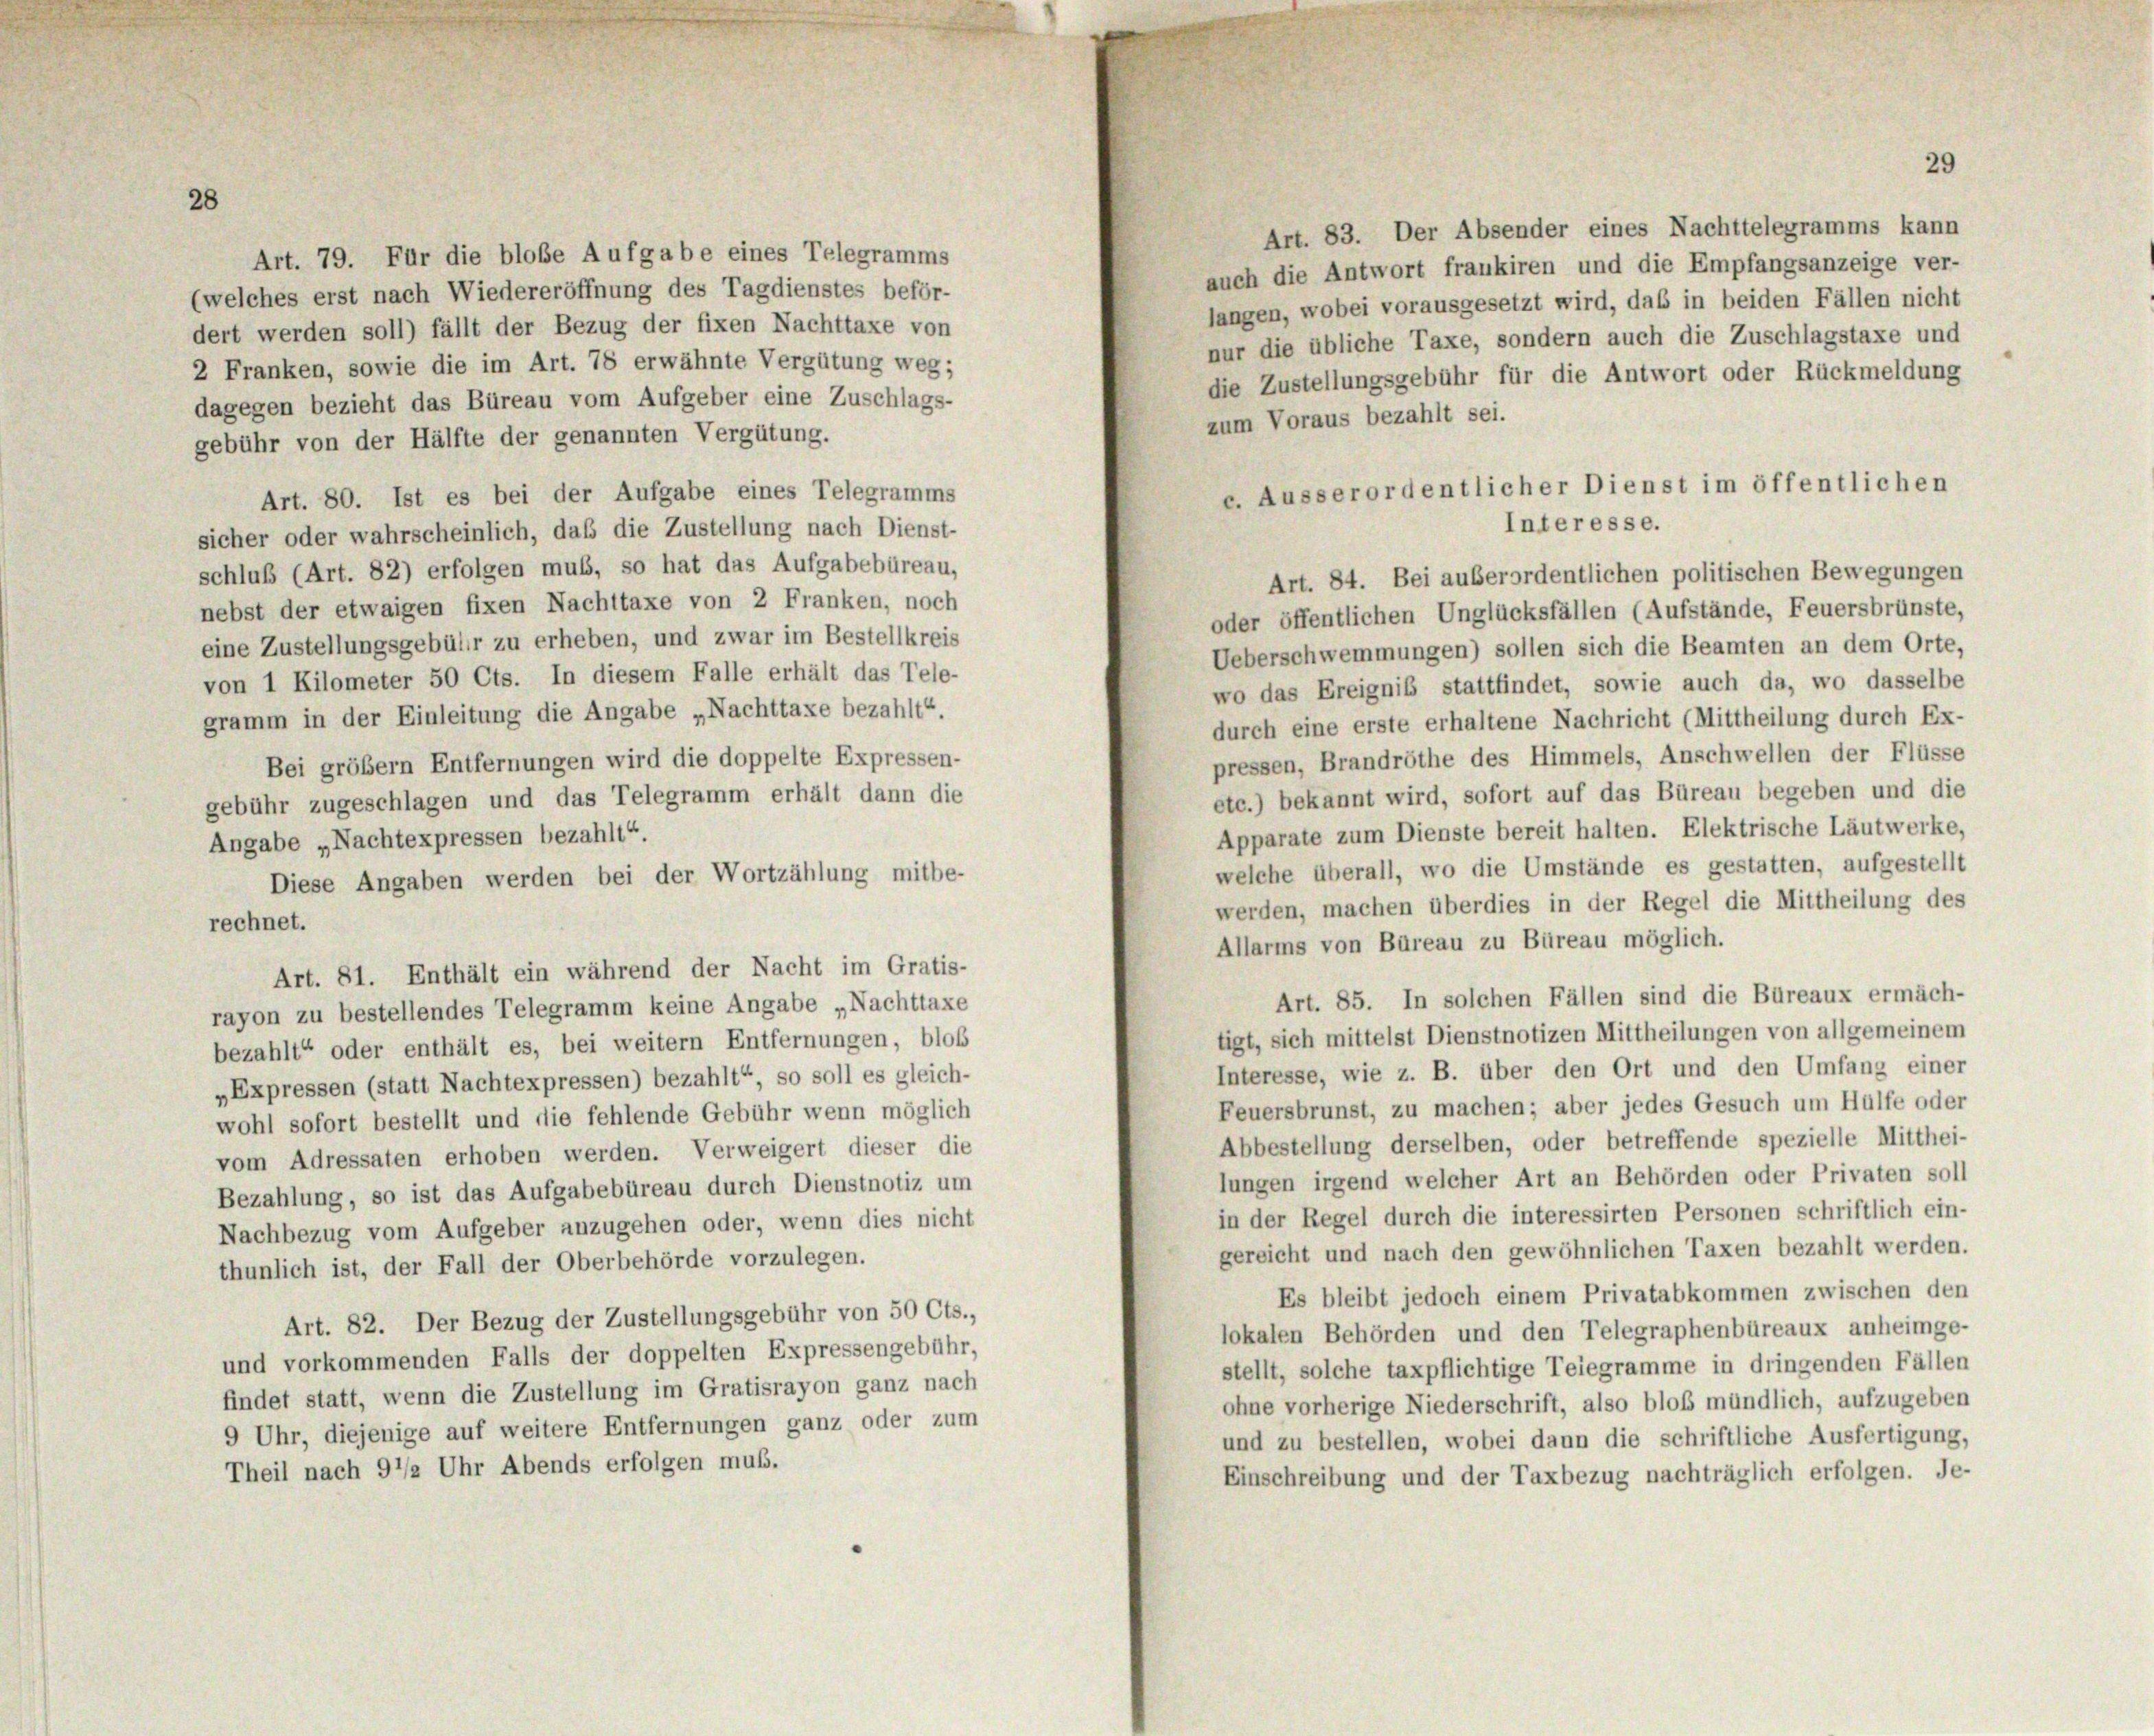
28
(welches erst nach Wiedereröffnung des Tagdienstes beför-
dert werden soll) fällt der Bezug der fixen Nachttaxe von
2 Franken, sowie die im Art. 78 erwähnte Vergütung weg;
dagegen bezieht das Büreau vom Aufgeber eine Zuschlags-
zum Voraus bezahlt sei.
gebühr von der Hälfte der genannten Vergütung.
e. Ausserordentlicher Dienst im öffentlichen
Art. 80. Ist es bei der Aufgabe eines Telegramms
Interesse.
sicher oder wahrscheinlich, daß die Zustellung nach Dienst-
schluß (Art. 82) erfolgen muß, so hat das Aufgabebüreau,
Art. 84. Bei außerordentlichen politischen Bewegungen
nebst der etwaigen fixen Nachttaxe von 2 Franken, noch
oder öffentlichen Unglücksfällen (Aufstände, Feuersbrünste,
eine Zustellungsgebühr zu erheben, und zwar im Bestellkreis
Ueberschwemmungen) sollen sich die Beamten an dem Orte,
von 1 Kilometer 50 Cts. In diesem Falle erhält das Tele-
wo das Ereigniß stattfindet, sowie auch da, wo dasselbe
gramm in der Einleitung die Angabe „Nachttaxe bezahlt“.
durch eine erste erhaltene Nachricht (Mittheilung durch Ex-
pressen, Brandröthe des Himmels, Anschwellen der Flüsse
Bei größer Entfernungen wird die doppelte Expressen-
etc.) bekannt wird, sofort auf das Büreau begeben und die
gebühr zugeschlagen und das Telegramm erhält dann die
Apparate zum Dienste bereit halten. Elektrische Läutwerke,
Angabe „Nachtexpressen bezahlt“.
welche überall, wo die Umstände es gestatten, aufgestellt
Diese Angaben werden bei der Wortzählung mitbe-
werden, machen überdies in der Regel die Mittheilung des
rechnet.
Allarms von Büreau zu Büreau möglich.
Art. 81. Enthält ein während der Nacht im Gratis-
Art. 85. In solchen Fällen sind die Büreaux ermäch-
rayon zu bestellendes Telegramm keine Angabe „Nachttaxe
tigt, sich mittelst Dienstnotizen Mittheilungen von allgemeinem
bezahlt“ oder enthält es, bei weitern Entfernungen, bloß
Interesse, wie z. B. über den Ort und den Umfang einer
„Expressen (statt Nachtexpressen) bezahlt“, so soll es gleich-
Feuersbrunst, zu machen; aber jedes Gesuch um Hülfe oder
wohl sofort bestellt und die fehlende Gebühr wenn möglich
Abbestellung derselben, oder betreffende spezielle Mitthei-
vom Adressaten erhoben werden. Verweigert dieser die
lungen irgend welcher Art an Behörden oder Privaten soll
Bezahlung, so ist das Aufgabebüreau durch Dienstnotiz um
in der Regel durch die interessirten Personen schriftlich ein-
Nachbezug vom Aufgeber anzugehen oder, wenn dies nicht
gereicht und nach den gewöhnlichen Taxen bezahlt werden.
thunlich ist, der Fall der Oberbehörde vorzulegen.
Es bleibt jedoch einem Privatabkommen zwischen den
Art. 82. Der Bezug der Zustellungsgebühr von 50 Cts.,
lokalen Behörden und den Telegraphenbüreaux anheimge-
und vorkommenden Falls der doppelten Expressengebühr,
stellt, solche taxpflichtige Teiegramme in dringenden Fällen
findet statt, wenn die Zustellung im Gratisrayon ganz nach
ohne vorherige Niederschrift, also bloß mündlich, aufzugeben
9 Uhr, diejenige auf weitere Entfernungen ganz oder zum
und zu bestellen, wobei dann die schriftliche Ausfertigung,
Theil nach 9 1/2 Uhr Abends erfolgen muß.
Einschreibung und der Taxbezug nachträglich erfolgen. Je-

Art. 79. Für die bloße Aufgabe eines Telegramms

29

Art. 83. Der Absender eines Nachttelegramms kann
auch die Antwort frankiren und die Empfangsanzeige ver-
langen, wobei vorausgesetzt wird, daß in beiden Fällen nicht
nur die übliche Taxe, sondern auch die Zuschlagstaxe und
die Zustellungsgebühr für die Antwort oder Rückmeldung